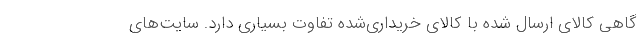
گاهی کالای ارسال شده با کالای خریداری‌شده تفاوت بسیاری دارد. سایت‌های